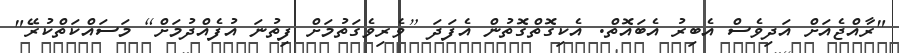
"ރާއްޖެއަށް އަދިވެސް އެބިރު އެބައޮތް. އެކިގޮތްގޮތުން އެފަދަ [ވެރިވެގަތުމަށް ފިތުނަ އުފެއްދުމަށް] މަސައްކަތްކުރޭ"